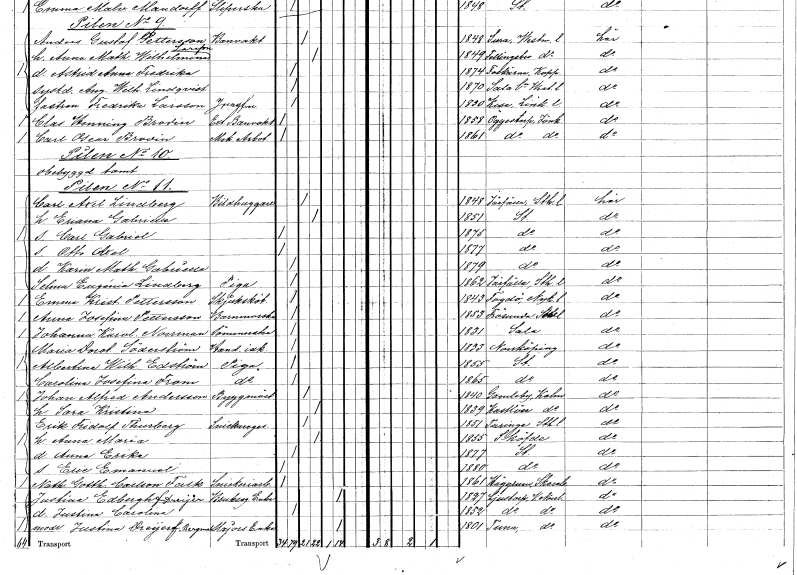
gt_parse: households: individuals: FN: Carl Axel
EN: Lindberg
YRKE: Bildhuggare
KON: M
CIV: G
FODAR: 1848
FODFORS: Järfälla Stockholms län
FN: Eriana Gabriella
KON: K
CIV: G
FODAR: 1851
FODFORS: Stockholm
FN: Carl Gabriel
KON: M
CIV: O
FODAR: 1875
FODFORS: Stockholm
FN: Otto Axel
KON: M
CIV: O
FODAR: 1877
FODFORS: Stockholm
FN: Karin Mathilda Gabriella
KON: K
CIV: O
FODAR: 1879
FODFORS: Stockholm
FN: Selma Eugénia
EN: Lindberg
YRKE: Piga
KON: K
CIV: O
FODAR: 1862
FODFORS: Järfälla Stockholms län
FN: Emma Kristina
EN: Pettersson
YRKE: Sjuksköterska
KON: K
CIV: O
FODAR: 1843
FODFORS: Fogdö Södermanlands län
FN: Anna Josefina
EN: Pettersson
YRKE: Barnmorska
KON: K
CIV: O
FODAR: 1853
FODFORS: Frösunda Stockholms län
FN: Johanna Karolina
EN: Norrman
YRKE: Sömmerska
KON: K
CIV: O
FODAR: 1831
FODFORS: Sala Västmanlands län
FN: Maria Dorotea
EN: Söderström
YRKE: Handelsidkare
KON: K
CIV: O
FODAR: 1833
FODFORS: Norrköping Östergötlands län
FN: Albertina Wilhelmina
EN: Edström
YRKE: Piga
KON: K
CIV: O
FODAR: 1855
FODFORS: Stockholm
FN: Carolina Josefina
EN: From
YRKE: Piga
KON: K
CIV: O
FODAR: 1865
FODFORS: Stockholm
FN: Johan Alfred
EN: Andersson
YRKE: Byggmästare
KON: M
CIV: G
FODAR: 1840
FODFORS: Gamleby Kalmar län
FN: Sara Kristina
KON: K
CIV: G
FODAR: 1839
FODFORS: Kastlösa Kalmar län
FN: Erik Fridolf
EN: Thurberg
YRKE: Snickaregesäll
KON: M
CIV: G
FODAR: 1851
FODFORS: Turinge Stockholms län
FN: Anna Maria
KON: K
CIV: G
FODAR: 1855
FODFORS: Skövde Skaraborgs län
FN: Anna Erika
KON: K
CIV: O
FODAR: 1877
FODFORS: Stockholm
FN: Eric Emanuel
KON: M
CIV: O
FODAR: 1880
FODFORS: Stockholm
FN: Nathanael Gotthard
EN: Carlson Falk
YRKE: Snickeriarbetare
KON: M
CIV: O
FODAR: 1861
FODFORS: Häggum Skaraborgs län
FN: Justina
EN: Edbergh Dreijer
YRKE: Brukaägareänka
KON: K
CIV: E
FODAR: 1827
FODFORS: Ljustorp Västernorrlands län
FN: Justina Carolina
KON: K
CIV: O
FODAR: 1852
FODFORS: Ljustorp Västernorrlands län
FN: Justina
EN: Dreijer Bergman
YRKE: Majorsänka
KON: K
CIV: E
FODAR: 1801
FODFORS: Tuna Västernorrlands län